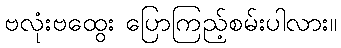
ဗလုံးဗထွေး ပြောကြည့်စမ်းပါလား။